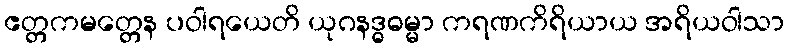
ဧတ္တကမတ္တေန ပဝါရယေတိ ယုဂနဒ္ဓဓမ္မာ ကရဏကိရိယာယ အရိယဝါသာ